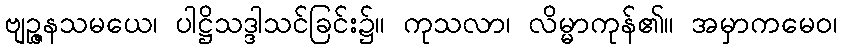
ဗျဉ္ဇနသမယေ၊ ပါဋ္ဌိသဒ္ဒါသင်ခြင်း၌။ ကုသလာ၊ လိမ္မာကုန်၏။ အမှာကမေဝ၊